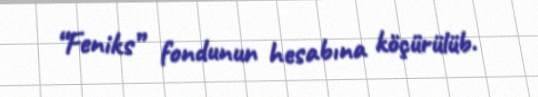
“Feniks” fondunun hesabına köçürülüb.